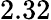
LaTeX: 2.32